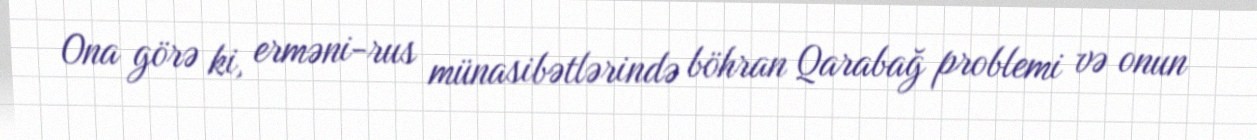
Ona görə ki, erməni-rus münasibətlərində böhran Qarabağ problemi və onun